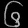
Digit: ၆